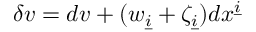
\delta v = d v + ( w _ { \underline { { { i } } } } + \zeta _ { \underline { { { i } } } } ) d x ^ { \underline { { { i } } } }